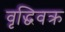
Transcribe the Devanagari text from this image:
वृद्धिवक्र